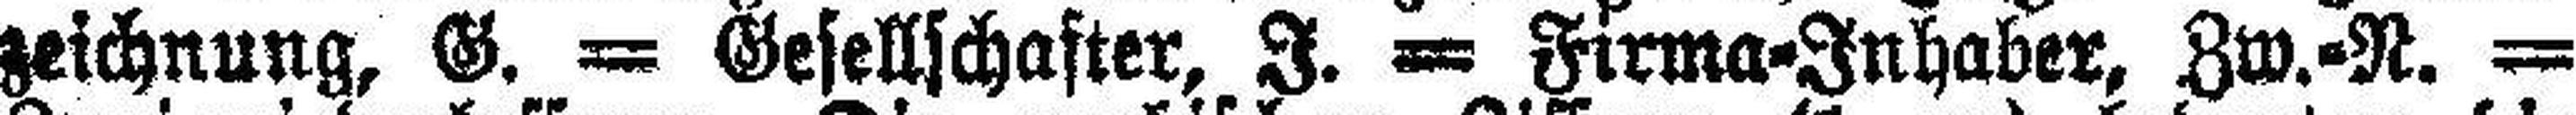
zeichnung, G. — Gesellschafter, I. — Firma-Inhaber, Zw.-N. —